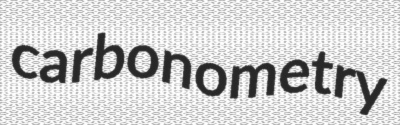
carbonometry